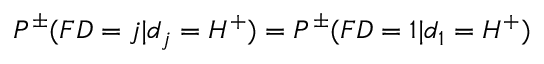
P ^ { \pm } ( F D = j | d _ { j } = H ^ { + } ) = P ^ { \pm } ( F D = 1 | d _ { 1 } = H ^ { + } )